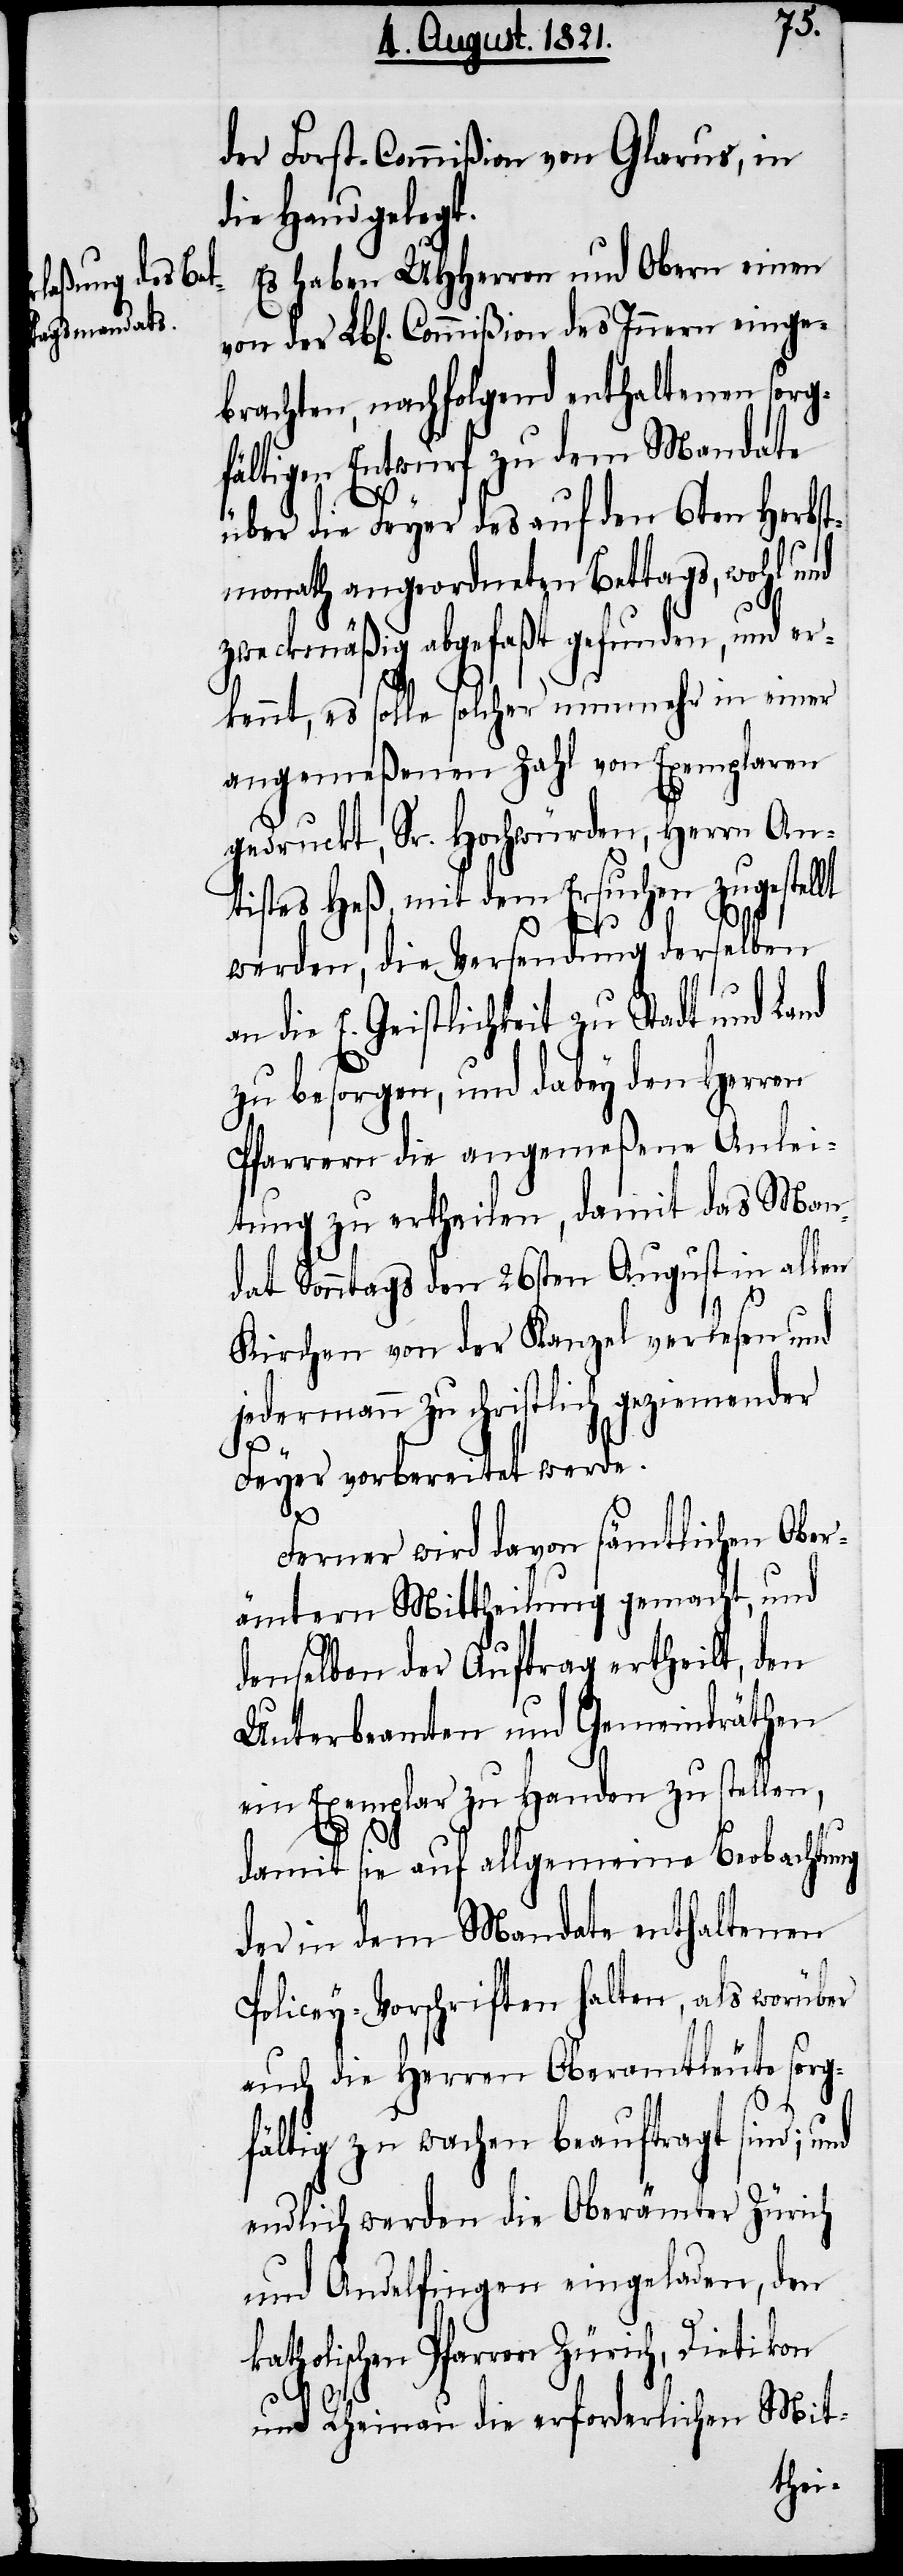
der Forst-Commißion von Glarus, in
die Hand gelegt.
Es haben UHHerren und Obern einen
brachten, nachfolgend enthaltenen sorg¬
fältigen Entwurf zu dem Mandate
über die Feyer des auf den 6ten Herbst¬
monath angeordneten Bettags, wohl und
zweckmäßig abgefaßt gefunden, und er¬
kennt, es solle solcher nunmehr in einer
angemeßenen Zahl von Exemplaren
gedruckt, Sr. Hochwürden, Herrn An¬
tistes Heß, mit dem Ersuchen zugestellt
werden, die Versendung derselben
an die E. Geistlichkeit zu Stadt und Land
zu besorgen, und dabey den Herren
Pfarrern die angemeßene Anlei¬
tung zu ertheilen, damit das Man¬
dat Sonntags den 26sten August in allen
Kirchen von der Kanzel verlesen und
jedermann zu christlich geziemender
nge¬
Feier vorbereitet werde.
des
Ferner wird davon sämtlichen Ober¬
ämtern Mittheilung gemacht, und
denselben der Auftrag ertheilt, den
Unterbeamten und Gemeindräthen
ein Exemplar zu Handen zu stellen,
damit sie auf allgemeine Beobachtung
der in dem Mandate enthaltenen
Policey-Vorschriften halten, als worüber
auch die Herren Oberamtleute sorg¬
fältig zu wachen beauftragt sind; und
endlich werden die Oberämter Zürich
und Andelfingen eingeladen, den
katholischen Pfarren Zürich, Dietikon
und Rheinau die erforderliche Mit-
ei¬